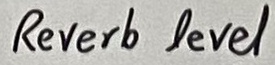
Text: Reverb level